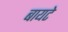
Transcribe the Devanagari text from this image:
बायटे